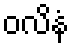
ဝလိနံ